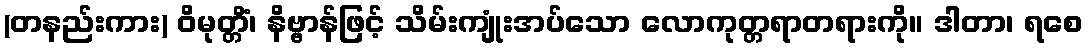
(တနည်းကား) ဝိမုတ္တိံ၊ နိဗ္ဗာန်ဖြင့် သိမ်းကျုံးအပ်သော လောကုတ္တရာတရားကို။ ဒါတာ၊ ရစေ